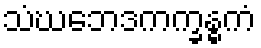
သံဃဘေဒကက္ခန္ဓကံ